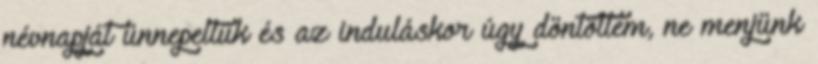
névnapját ünnepeltük és az induláskor úgy döntöttem, ne menjünk